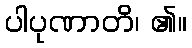
ပါပုဏာတိ၊ ၏။